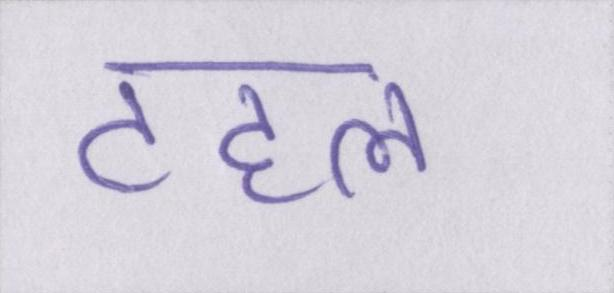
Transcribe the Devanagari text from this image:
टहल